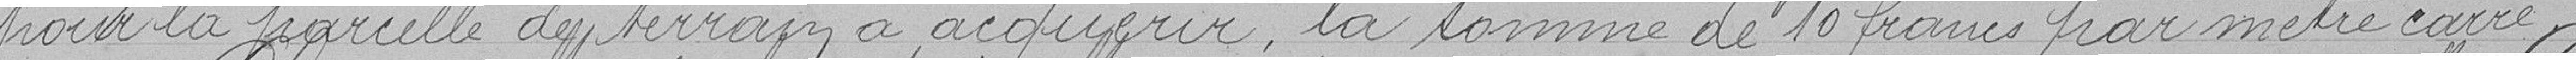
pour la parcelle de terrain à acquérir, la somme de 10 francs par mètre carré.